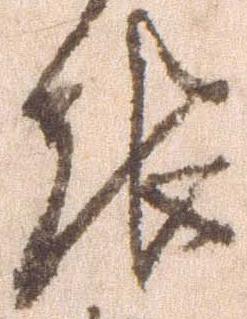
報